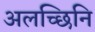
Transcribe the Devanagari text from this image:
अलच्छिनि